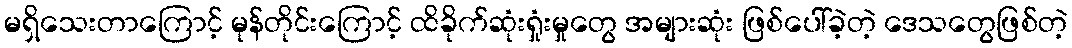
မရှိသေးတာကြောင့် မုန်တိုင်းကြောင့် ထိခိုက်ဆုံးရှုံးမှုတွေ အများဆုံး ဖြစ်ပေါ်ခဲ့တဲ့ ဒေသတွေဖြစ်တဲ့